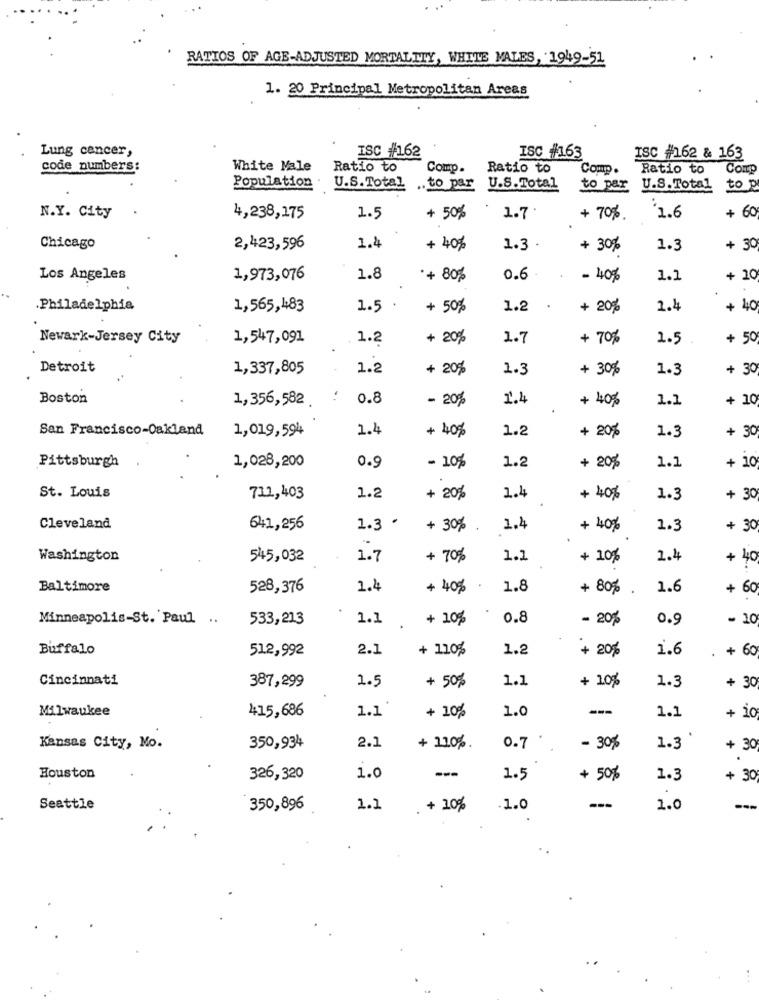
RATIOS OF AGE-ADJUSTED MORTALITY, WHITE MALES, 1949-51
1. 20 Principal Metropolitan Areas
Lung cancer,
ISC #162
ISC #163
ISC #162 & 163
code numbers:
White Male
Ratio to
Comp.
Ratio to
Comp .
Ratio to
Comp
Population .
U.S.Total ,to par U.S.Total
to par
U.S.Total to p
N.Y. City
4,238,275
1.5
+ 50%
1.7
+ 70%
'1.6
+ 60
Chicago
2,423,596
1.4
+ 40%
1.3 .
+ 30%
1.3
+ 30
Los Angeles
1,973,076
1.8
·+ 80%
0.6
- 40%
1.1
+ 10
Philadelphia
1,565,483
1.5 .
+ 50%
1.2
+ 20%
2.4
+ 40
Newark-Jersey City
1,547,091
1.2
+ 20%
1.7
+ 70%
1.5
+ 50
Detroit
1,337,805
1.2
+ 20%
1.3
+ 30%
1.3
+ 30
Boston
1,356,582 .
0.8
- 20%
1.4
+ 40%
1.1
+ 10
San Francisco-Oakland
1.4
1.2
1.3
1,019,594
+ 40%
+ 20%
+ 30
0.9
1.2
Pittsburgh
1,028,200
- 10%
+ 20%
1.1
+ 10
St. Louis
711,403
1.2
+ 20%
1.4
+ 40%
1.3
+ 30
Cleveland
641,256
1.3 .
+ 30%
1.4
+ 40%
1.3
+ 30
Washington
545,032
1.7
+ 70%
1.1
+ 10%
1.4
+ 40
Baltimore
528,376
1.4
+ 40%
1.8
+ 80% .
1.6
+ 60
Minneapolis-St. Paul ..
533,21.3
1.1
+ 10%
0.8
- 20%
0.9
- 10
Buffalo
51.2,992
2.1
+ 110%
1.2
1.6
+ 60
+ 20%
Cincinnati
1.5
1.1
1.3
387,299
+ 50%
+ 10%
+ 30
Milwaukee
1.1
1.0
---
1.1
415,686
+ 10%
+ 10
Kansas City, Mo.
350,934
2.1
+ 110% .
0.7
- 30%
1.3
+ 30
Houston
326,320
1.0
---
1.5
+ 50%
1.3
+ 30
Seattle
350,896
1.2
+ 10%
1.0
---
1.0
---